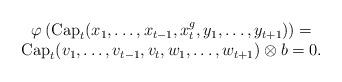
LaTeX: \begin{align*} \begin{array}{cc} &\varphi\left(\mathrm{Cap}_t(x_1,\dots,x_{t-1},x_t^g,y_1,\dots,y_{t+1})\right)=\\&\mathrm{Cap}_t(v_1,\dots,v_{t-1},v_t,w_1,\dots,w_{t+1})\otimes b=0. \end{array} \end{align*}